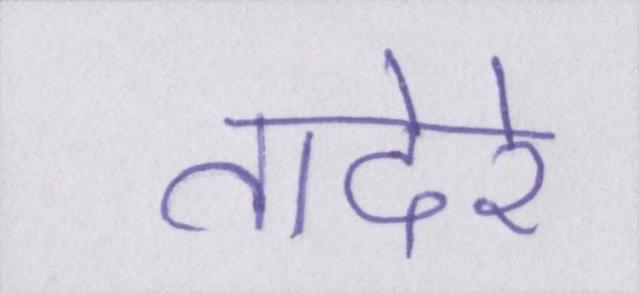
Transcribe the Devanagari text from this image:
तादेरे